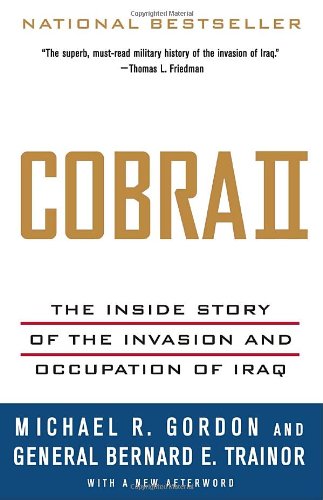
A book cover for Cobra II: The Inside Story of the Invasion and Occupation of Iraq; Michael R. Gordon; History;